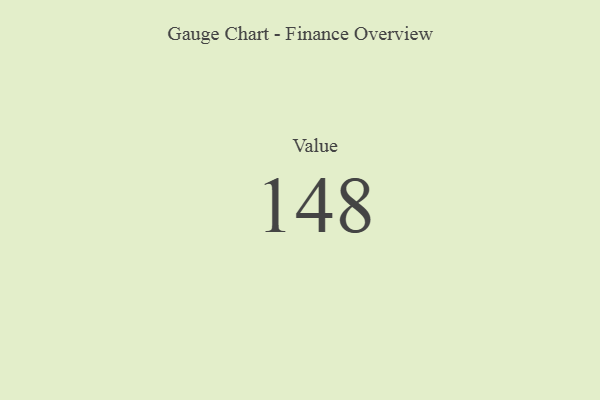
{"axis": {"x": "Metric", "y": "Value"}, "legend": [""], "data": [{"x": "Value", "y": 148, "type": ""}]}